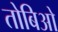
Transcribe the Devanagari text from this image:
तोबिओ